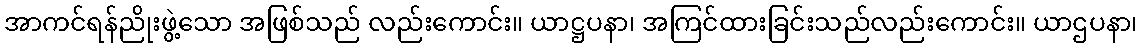
အာကင်ရန်ညိုးဖွဲ့သော အဖြစ်သည် လည်းကောင်း။ ယာဋ္ဌပနာ၊ အကြင်ထားခြင်းသည်လည်းကောင်း။ ယာဌပနာ၊